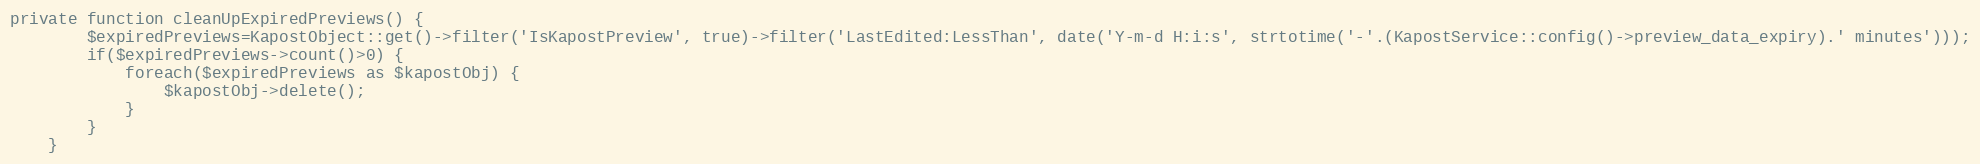
Language: PHP
private function cleanUpExpiredPreviews() {
        $expiredPreviews=KapostObject::get()->filter('IsKapostPreview', true)->filter('LastEdited:LessThan', date('Y-m-d H:i:s', strtotime('-'.(KapostService::config()->preview_data_expiry).' minutes')));
        if($expiredPreviews->count()>0) {
            foreach($expiredPreviews as $kapostObj) {
                $kapostObj->delete();
            }
        }
    }